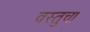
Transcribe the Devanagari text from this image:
वस्तुचा